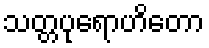
သတ္တပုရောဟိတော